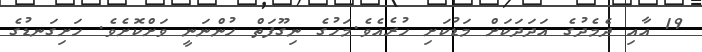
19 އާއި ދެމެދުގެ އަދަދަކަށް މަޑުކަށި ހުރެއެވެ.މަހުގެ ނިގޫފަތް ހުންނަނީ ވަށްކޮށެވެ. ހަށިގަނޑުގެ